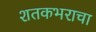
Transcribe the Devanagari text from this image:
शतकभराचा